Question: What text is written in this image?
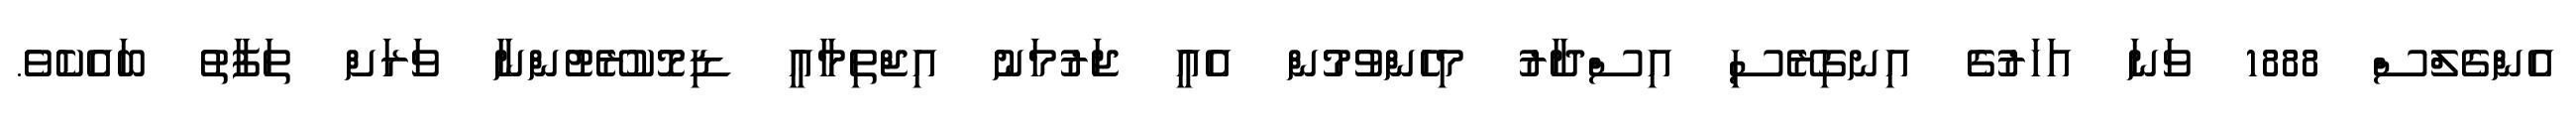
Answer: އެންގެލްސް 1888 ވަނަ އަހަރުގެ އިނގިރޭސި އިސްދާރު މިހެންވުމުން އެއީ ޖަރުމަނު އިޖްތިމާޢީ ޑިމޮކުރޭޓުންނާ ވަރަށް ތަފާތު ބައެކެވެ.